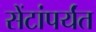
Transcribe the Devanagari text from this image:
सेंटांपर्यंत